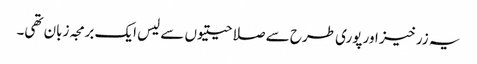
یہ زرخیز اور پوری طرح سے صلاحیتیوں سے لیس ایک برمجہ زبان تھی۔